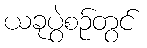
ယခုပွဲစဉ်တွင်